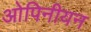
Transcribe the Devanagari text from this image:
ओपिनीयन